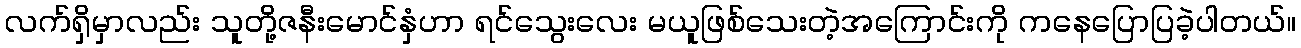
လက်ရှိမှာလည်း သူတို့ဇနီးမောင်နှံဟာ ရင်သွေးလေး မယူဖြစ်သေးတဲ့အကြောင်းကို ကနေပြောပြခဲ့ပါတယ်။